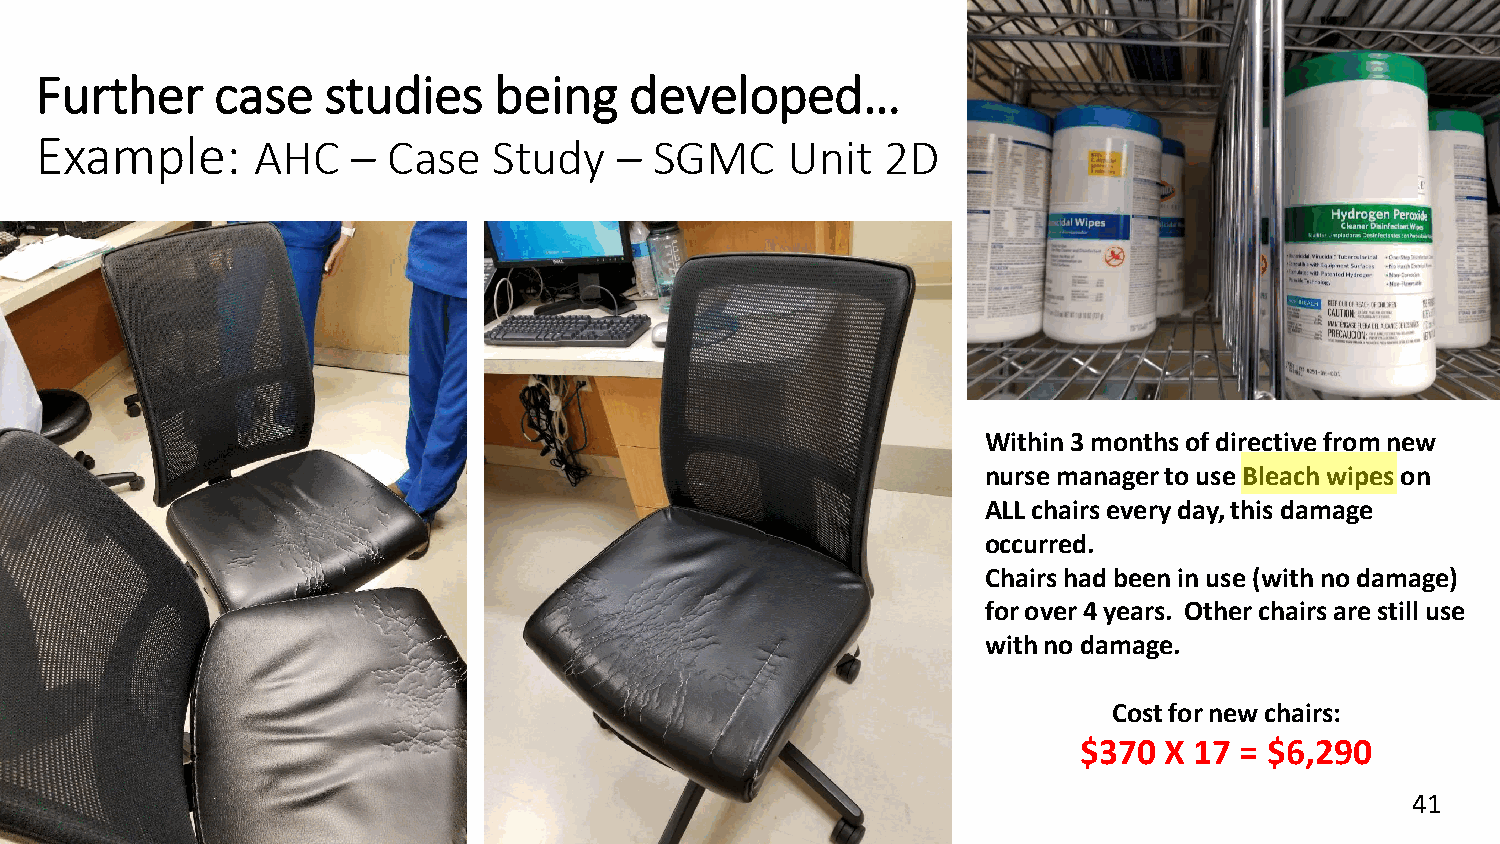
Further     case    studies    being    developed…
 Example:       AHC   –  Case   Study   – SGMC     Unit   2D
 Within 3 months of directive from new
 nurse manager to use Bleach wipes on
 ALL chairs every day, this damage
 occurred.
 Chairs had been in use (with no damage)
 for over 4 years. Other chairs are still use
 with no damage.
 Cost for new chairs:
 $370  X 17 = $6,290
 41